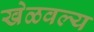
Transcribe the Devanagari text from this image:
खेळवल्य